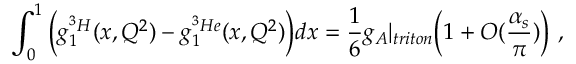
\int _ { 0 } ^ { 1 } \Big ( g _ { 1 } ^ { ^ 3 H } ( x , Q ^ { 2 } ) - g _ { 1 } ^ { ^ 3 H e } ( x , Q ^ { 2 } ) \Big ) d x = \frac { 1 } { 6 } g _ { A } | _ { t r i t o n } \Big ( 1 + O ( \frac { \alpha _ { s } } { \pi } ) \Big ) \ ,